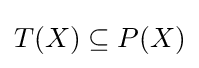
T(X)\subseteq P(X)